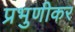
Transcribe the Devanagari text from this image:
प्रभुणीकर